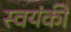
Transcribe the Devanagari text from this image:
स्वयंकी